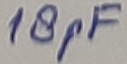
Text: 18pF